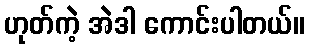
ဟုတ်ကဲ့ အဲဒါ ကောင်းပါတယ်။